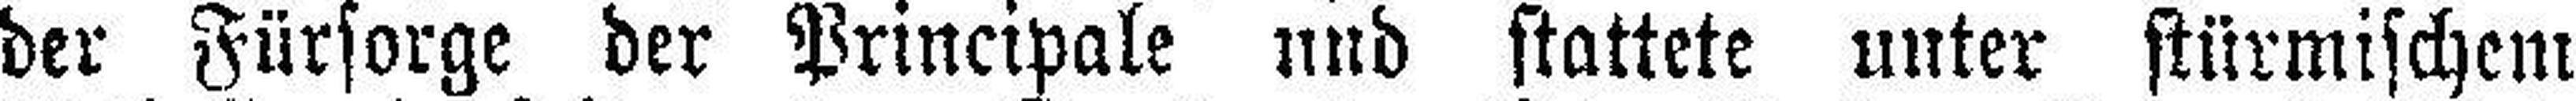
der Fürsorge der Principale und stattete unter stürmischem